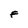
Character: F